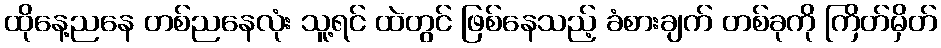
ထိုနေ့ညနေ တစ်ညနေလုံး သူ့ရင် ထဲတွင် ဖြစ်နေသည့် ခံစားချက် တစ်ခုကို ကြိတ်မှိတ်